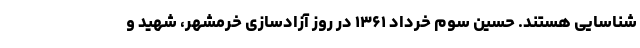
شناسایی هستند. حسین سوم خرداد ۱۳۶۱ در روز آزادسازی‌ خرمشهر، شهید و